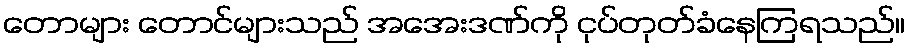
တောများ တောင်များသည် အအေးဒဏ်ကို ငုပ်တုတ်ခံနေကြရသည်။